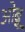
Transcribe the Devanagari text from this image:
ओब्नू